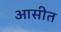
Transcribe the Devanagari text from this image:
आसीत